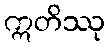
ဣတိဿု